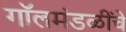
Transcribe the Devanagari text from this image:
गॉलमंडळींचे